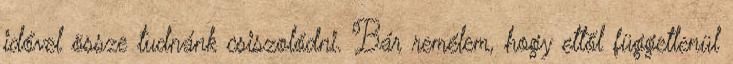
idővel össze tudnánk csiszolódni. Bár remélem, hogy ettől függetlenül